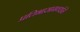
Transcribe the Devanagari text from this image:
प्रतिभासामर्थ्याने